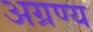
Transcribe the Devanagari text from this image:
अग्रण्य